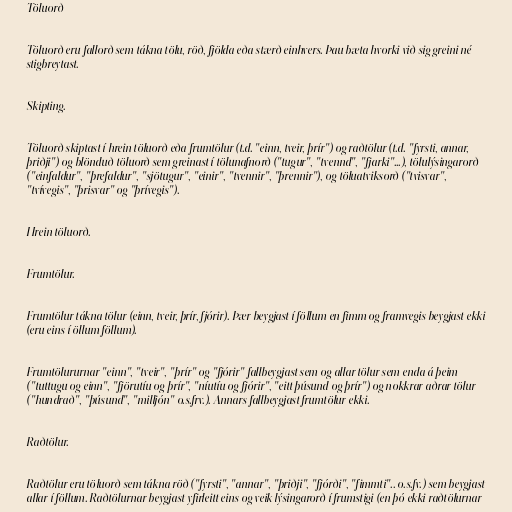
Töluorð

Töluorð eru fallorð sem tákna tölu, röð, fjölda eða stærð einhvers. Þau bæta hvorki við sig greini né
stigbreytast.

Skipting.

Töluorð skiptast í hrein töluorð eða frumtölur (t.d. "einn, tveir, þrír") og raðtölur (t.d. "fyrsti, annar,
þriðji") og blönduð töluorð sem greinast í tölunafnorð ("tugur", "tvennd", "fjarki"...), tölulýsingarorð
("einfaldur", "þrefaldur", "sjötugur", "einir", "tvennir", "þrennir"), og töluatviksorð ("tvisvar",
"tvívegis", "þrisvar" og "þrívegis").

Hrein töluorð.

Frumtölur.

Frumtölur tákna tölur (einn, tveir, þrír, fjórir). Þær beygjast í föllum en fimm og framvegis beygjast ekki
(eru eins í öllum föllum).

Frumtölururnar "einn", "tveir", "þrír" og "fjórir" fallbeygjast sem og allar tölur sem enda á þeim
("tuttugu og einn", "fjörutíu og þrír", "níutíu og fjórir", "eitt þúsund og þrír") og nokkrar aðrar tölur
("hundrað", "þúsund", "milljón" o.s.frv.). Annars fallbeygjast frumtölur ekki.

Raðtölur.

Raðtölur eru töluorð sem tákna röð ("fyrsti", "annar", "þriðji", "fjórði", "fimmti".. o.s.fv.) sem beygjast
allar í föllum. Raðtölurnar beygjast yfirleitt eins og veik lýsingarorð í frumstigi (en þó ekki raðtölurnar